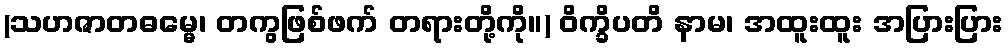
(သဟဇာတဓမ္မေ၊ တကွဖြစ်ဖက် တရားတို့ကို။) ဝိက္ခိပတိ နာမ၊ အထူးထူး အပြားပြား